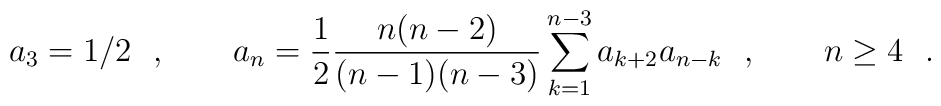
a_3=1/2\ \ ,\qquad a_n={1\over 2}{n(n-2)\over (n-1)(n-3)}\sum_{k=1}^{n-3}a_{k+2}a_{n-k}\ \ ,\qquad n\ge4\ \ .